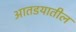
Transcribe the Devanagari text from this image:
आतडयातील